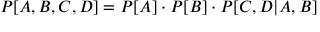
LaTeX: P [ A , B , C , D ] = P [ A ] \cdot P [ B ] \cdot P [ C , D | A , B ]